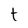
Character: t